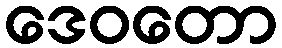
ဒေဝတော